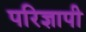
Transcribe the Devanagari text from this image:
परिज्ञापी